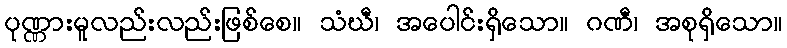
ပုဏ္ဏားမူလည်းလည်းဖြစ်စေ။ သံဃီ၊ အပေါင်းရှိသော။ ဂဏီ၊ အစုရှိသော။